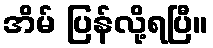
အိမ် ပြန်လို့ရပြီ။